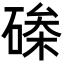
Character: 𮀵